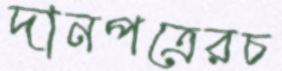
দানপত্রেরচ